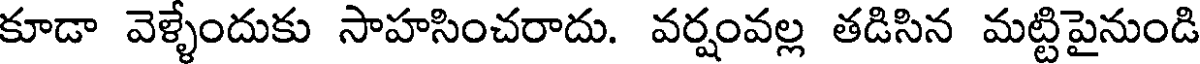
కూడా వెళ్ళేందుకు సాహసించరాదు. వర్షంవల్ల తడిసిన మట్టిపైనుండి